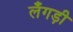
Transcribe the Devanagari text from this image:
लँगड़ी